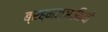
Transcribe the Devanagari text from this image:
ब्रह्मज्ञानियों